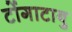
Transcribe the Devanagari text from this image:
टोंगाटाबु